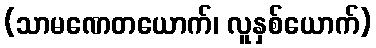
(သာမဏေတယောက်၊ လူနှစ်ယောက်)